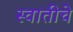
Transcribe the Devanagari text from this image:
स्वातीचे